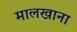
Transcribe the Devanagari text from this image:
मालखाना